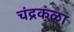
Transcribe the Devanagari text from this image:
चंद्रकळा